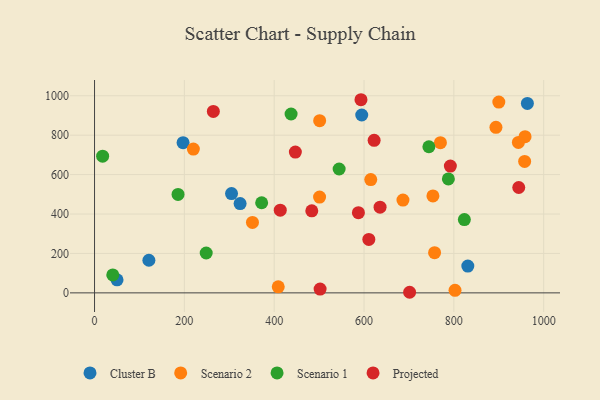
{"axis": {"x": "Investment", "y": "Fuel Efficiency"}, "legend": ["Cluster B", "Projected", "Scenario 1", "Scenario 2"], "data": [{"x": "594.9", "y": 902.4, "type": "Cluster B"}, {"x": "50.1", "y": 66.4, "type": "Cluster B"}, {"x": "197.1", "y": 762.1, "type": "Cluster B"}, {"x": "324.1", "y": 453.2, "type": "Cluster B"}, {"x": "831.1", "y": 135.7, "type": "Cluster B"}, {"x": "305.0", "y": 503.6, "type": "Cluster B"}, {"x": "963.7", "y": 960.9, "type": "Cluster B"}, {"x": "121.0", "y": 165.5, "type": "Cluster B"}, {"x": "753.4", "y": 492.0, "type": "Scenario 2"}, {"x": "958.5", "y": 792.2, "type": "Scenario 2"}, {"x": "943.7", "y": 763.3, "type": "Scenario 2"}, {"x": "957.6", "y": 666.9, "type": "Scenario 2"}, {"x": "409.0", "y": 30.4, "type": "Scenario 2"}, {"x": "802.6", "y": 13.1, "type": "Scenario 2"}, {"x": "220.0", "y": 729.3, "type": "Scenario 2"}, {"x": "757.1", "y": 203.8, "type": "Scenario 2"}, {"x": "351.6", "y": 357.5, "type": "Scenario 2"}, {"x": "615.0", "y": 574.6, "type": "Scenario 2"}, {"x": "900.1", "y": 968.1, "type": "Scenario 2"}, {"x": "686.7", "y": 470.6, "type": "Scenario 2"}, {"x": "893.7", "y": 839.7, "type": "Scenario 2"}, {"x": "501.0", "y": 486.2, "type": "Scenario 2"}, {"x": "501.2", "y": 873.8, "type": "Scenario 2"}, {"x": "770.1", "y": 761.8, "type": "Scenario 2"}, {"x": "823.4", "y": 371.6, "type": "Scenario 1"}, {"x": "185.9", "y": 499.2, "type": "Scenario 1"}, {"x": "372.1", "y": 457.2, "type": "Scenario 1"}, {"x": "544.6", "y": 628.5, "type": "Scenario 1"}, {"x": "248.6", "y": 202.3, "type": "Scenario 1"}, {"x": "437.6", "y": 907.4, "type": "Scenario 1"}, {"x": "787.8", "y": 577.9, "type": "Scenario 1"}, {"x": "744.4", "y": 741.3, "type": "Scenario 1"}, {"x": "18.0", "y": 693.4, "type": "Scenario 1"}, {"x": "40.6", "y": 91.1, "type": "Scenario 1"}, {"x": "413.5", "y": 419.6, "type": "Projected"}, {"x": "264.5", "y": 920.5, "type": "Projected"}, {"x": "622.5", "y": 774.1, "type": "Projected"}, {"x": "944.5", "y": 534.5, "type": "Projected"}, {"x": "635.7", "y": 434.7, "type": "Projected"}, {"x": "502.2", "y": 19.2, "type": "Projected"}, {"x": "483.7", "y": 416.1, "type": "Projected"}, {"x": "610.7", "y": 270.9, "type": "Projected"}, {"x": "447.1", "y": 714.2, "type": "Projected"}, {"x": "792.2", "y": 643.5, "type": "Projected"}, {"x": "701.5", "y": 3.0, "type": "Projected"}, {"x": "593.2", "y": 979.9, "type": "Projected"}, {"x": "587.5", "y": 407.0, "type": "Projected"}]}